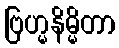
ဗြဟ္မနိမ္မိတာ